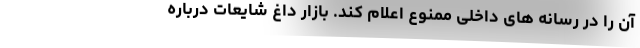
آن را در رسانه‌ های داخلی ممنوع اعلام کند. بازار داغ شایعات درباره